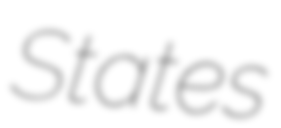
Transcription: States